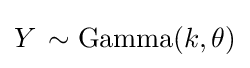
Y\,\sim {\textrm {Gamma}}(k,\theta )